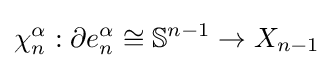
\chi _{n}^{\alpha }:\partial e_{n}^{\alpha }\cong \mathbb {S} ^{n-1}\to X_{n-1}